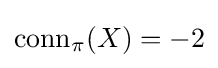
{\text{conn}}_{\pi }(X)=-2